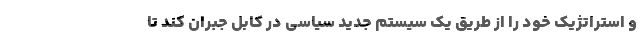
و استراتژيك خود را از طريق يك سيستم جديد سياسي در كابل جبران كند تا